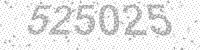
Solution: 525025